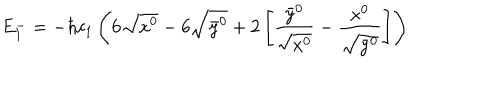
E _ { 1 } ^ { - } = - \hbar c _ { 1 } \left( 6 \sqrt { x ^ { 0 } } - 6 \sqrt { \bar { y } ^ { 0 } } + 2 \left[ \frac { \bar { y } ^ { 0 } } { \sqrt { x ^ { 0 } } } - \frac { x ^ { 0 } } { \sqrt { \bar { y } ^ { 0 } } } \right] \right)